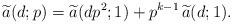
LaTeX: \begin{align*} \widetilde{a}(d;p) = \widetilde{a}(dp^2;1) + p^{k-1}\,\widetilde{a}(d;1). \end{align*}